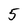
Character: 5